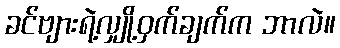
ခင်ဗျားရဲ့လျှို့ဝှက်ချက်က ဘာလဲ။